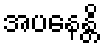
အပနေန္တိ